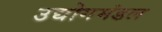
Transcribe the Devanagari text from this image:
उद्योगमंडल